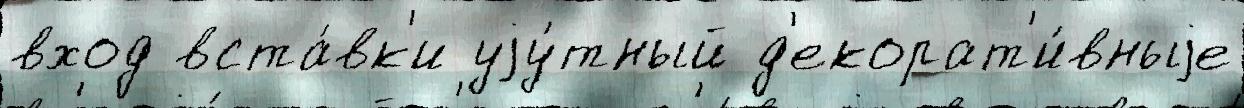
вход вста́вк'и уjу́тный д'екорат'и́вныjе